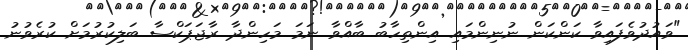
"ވައުދުވެފައިވާ ކަންކަން ނުނިންމައި އިންތިހާބު ބާއްވާ ނަމަ މަހިންދާ ރާޖަޕަކްސާ ބަލިކުރުމަށް ކުރެވުނު